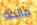
مالكة